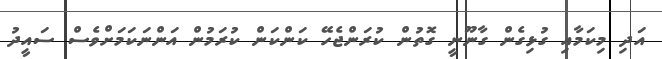
އަދި މިކަމާއި ގުޅިގެން ގާނޫނީ ގޮތުން ކުރަންޖެހޭ ކަންކަން ކުރަމުން އަންނަކަމަށްވެސް ސައީދު